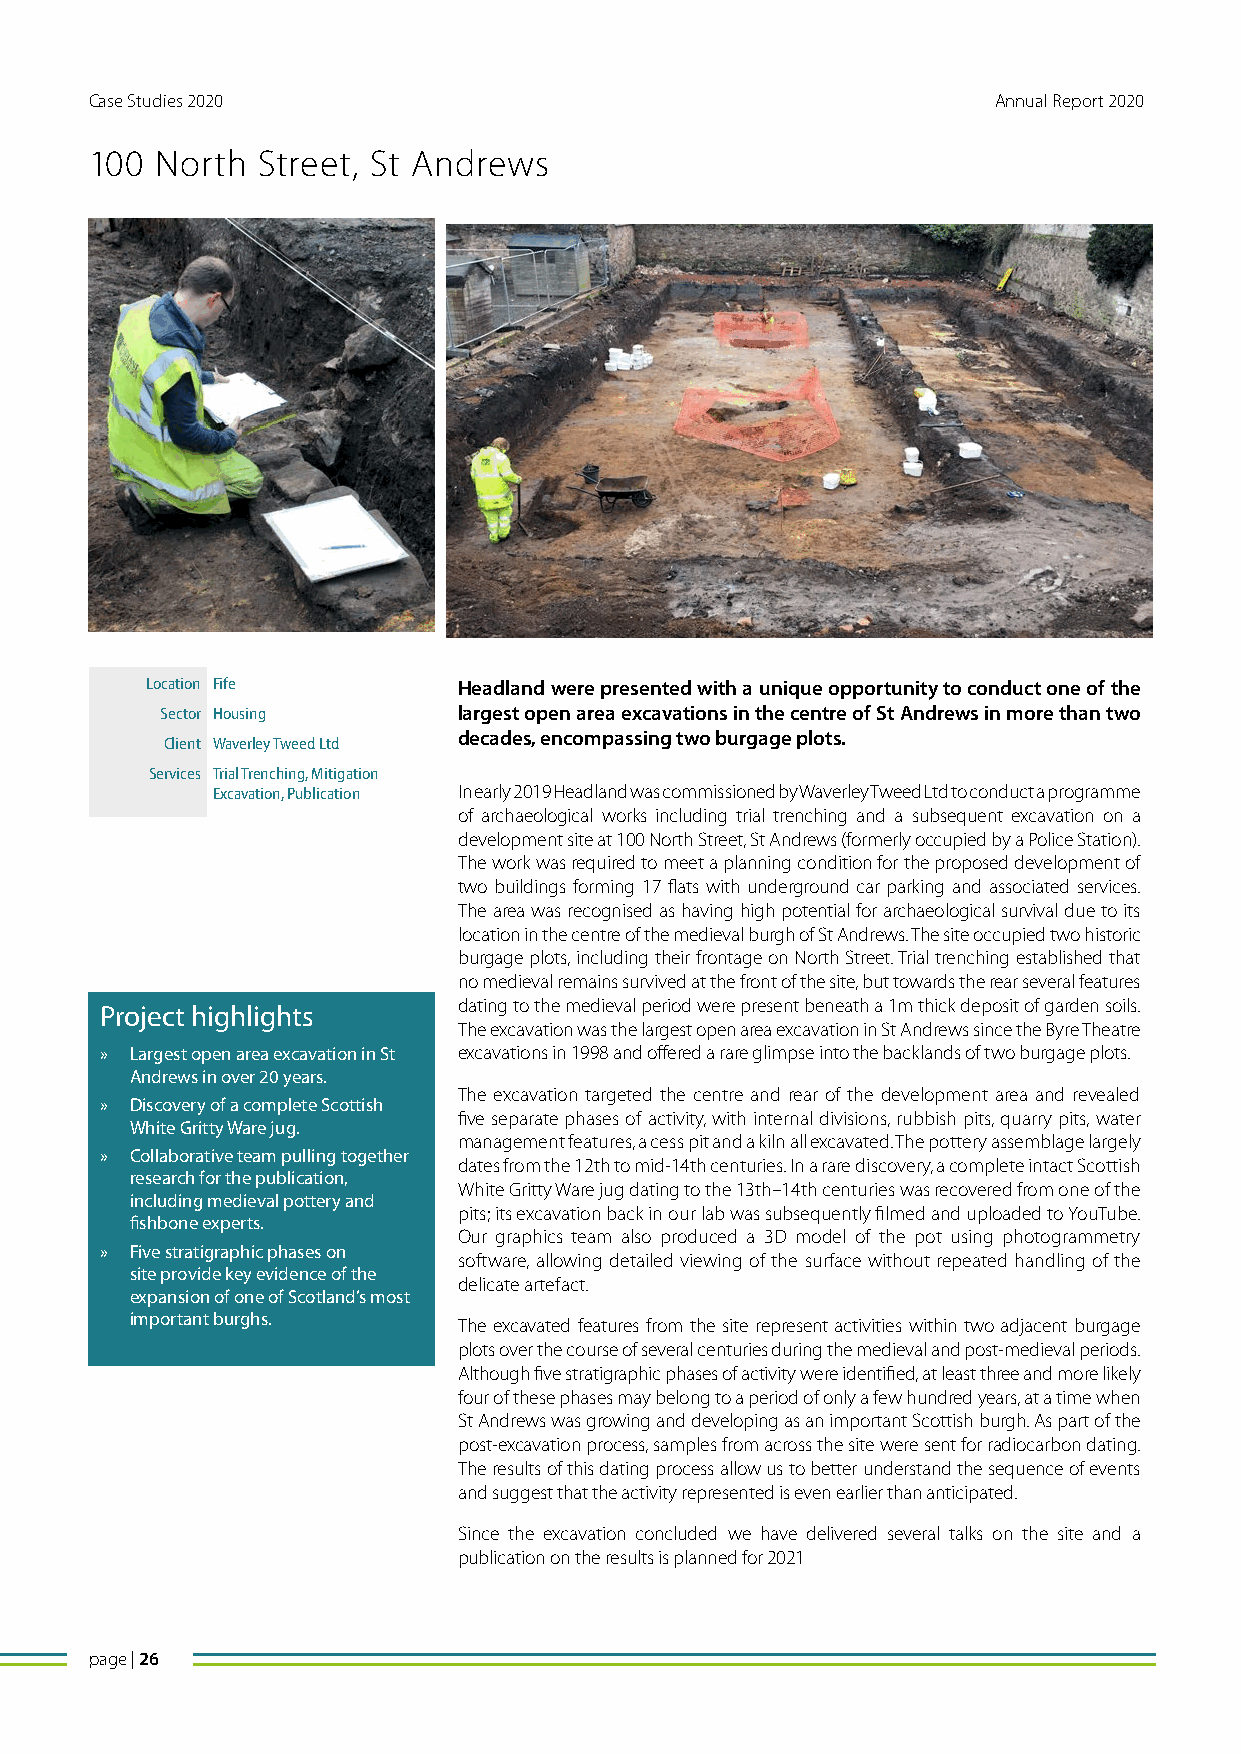
Case Studies 2020                                           Annual Report 2020
 100 North  Street, St Andrews
 Location Fife       Headland were presented with a unique opportunity to conduct one of the
 Sector Housing     largest open area excavations in the centre of St Andrews in more than two
 decades, encompassing two burgage plots.
 Client Waverley Tweed Ltd
 Services Trial Trenching, Mitigation
 Excavation, Publication In early 2019 Headland was commissioned by Waverley Tweed Ltd to conduct a programme
 of archaeological works including trial trenching and a subsequent excavation on a
 development site at 100 North Street, St Andrews (formerly occupied by a Police Station).
 The work was required to meet a planning condition for the proposed development of
 two buildings forming 17 flats with underground car parking and associated services.
 The area was recognised as having high potential for archaeological survival due to its
 location in the centre of the medieval burgh of St Andrews. The site occupied two historic
 burgage plots, including their frontage on North Street. Trial trenching established that
 no medieval remains survived at the front of the site, but towards the rear several features
 dating to the medieval period were present beneath a 1m thick deposit of garden soils.
 Project highlights
 The excavation was the largest open area excavation in St Andrews since the Byre Theatre
 » Largest open area excavation in St excavations in 1998 and offered a rare glimpse into the backlands of two burgage plots.
 Andrews in over 20 years.
 The excavation targeted the centre and rear of the development area and revealed
 » Discovery of a complete Scottish
 five separate phases of activity, with internal divisions, rubbish pits, quarry pits, water
 White Gritty Ware jug.
 management features, a cess pit and a kiln all excavated. The pottery assemblage largely
 » Collaborative team pulling together
 dates from the 12th to mid-14th centuries. In a rare discovery, a complete intact Scottish
 research for the publication,
 White Gritty Ware jug dating to the 13th–14th centuries was recovered from one of the
 including medieval pottery and
 pits; its excavation back in our lab was subsequently filmed and uploaded to YouTube.
 fishbone experts.
 Our graphics team also produced a 3D model of the pot using photogrammetry
 » Five stratigraphic phases on
 software, allowing detailed viewing of the surface without repeated handling of the
 site provide key evidence of the
 delicate artefact.
 expansion of one of Scotland’s most
 important burghs.    The excavated features from the site represent activities within two adjacent burgage
 plots over the course of several centuries during the medieval and post-medieval periods.
 Although five stratigraphic phases of activity were identified, at least three and more likely
 four of these phases may belong to a period of only a few hundred years, at a time when
 St Andrews was growing and developing as an important Scottish burgh. As part of the
 post-excavation process, samples from across the site were sent for radiocarbon dating.
 The results of this dating process allow us to better understand the sequence of events
 and suggest that the activity represented is even earlier than anticipated.
 Since the excavation concluded we have delivered several talks on the site and a
 publication on the results is planned for 2021
 page | 26